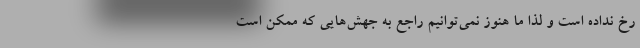
رخ نداده است و لذا ما هنوز نمی‌توانیم راجع به جهش‌هایی که ممکن است